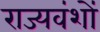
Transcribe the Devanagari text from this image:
राज्यवंशों